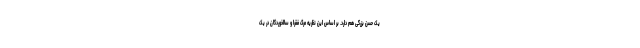
یک حسن بزرگی هم دارد. بر اساس این نظریه مرگ فقرا و سالخوردگان در یک